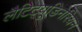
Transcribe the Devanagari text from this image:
लैटिट्यूडिनेरियन